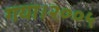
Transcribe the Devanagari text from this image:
गया।२००५